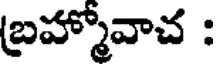
బ్రహ్మోవాచ :